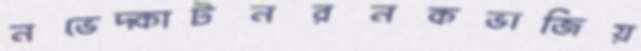
নভেদ্কাটনরনকভাজিয়